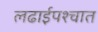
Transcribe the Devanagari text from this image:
लढाईपश्चात